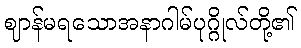
ဈာန်မရသောအနာဂါမ်ပုဂ္ဂိုလ်တို့၏